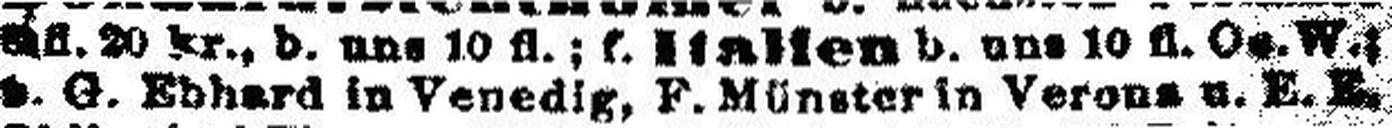
v. G. Edhard in Venedig, F. Münster in Verona u. E. E.